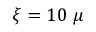
\xi = 1 0 ~ \mu